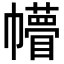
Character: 𢅴